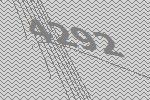
4292